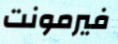
فيرمونت